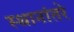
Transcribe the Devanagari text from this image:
स्थानांतरे